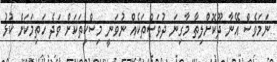
ނަމަވެސް އޭނާ ދޫކޮށްލިތާ މާގިނަ ދުވަސްތަކެއް ނުވަނީ މިސްކިތަކަށް ވަދެ ހަތިމަކަށް ކުޅު